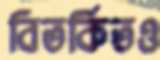
বিতর্কিতও